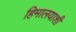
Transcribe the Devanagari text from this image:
हिमालयाशी